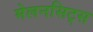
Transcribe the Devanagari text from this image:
मेलनसिट्स